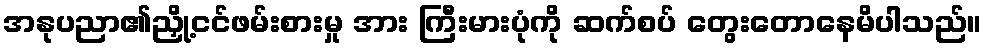
အနုပညာ၏ညှို့ငင်ဖမ်းစားမှု အား ကြီးမားပုံကို ဆက်စပ် တွေးတောနေမိပါသည်။